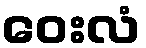
ဝေးလံ